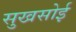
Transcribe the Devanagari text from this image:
सुखसोई